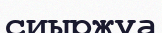
сиыржуа